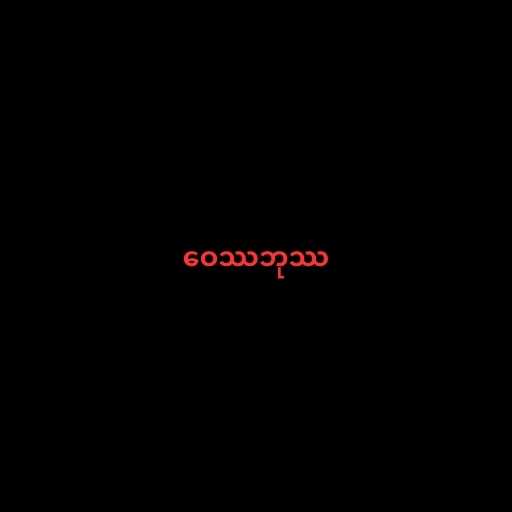
ဝေဿဘုဿ